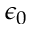
\epsilon _ { 0 }